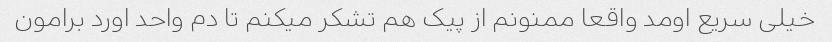
خیلی سریع اومد واقعا ممنونم از پیک هم تشکر میکنم تا دم واحد اورد برامون